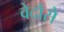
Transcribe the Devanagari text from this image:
वेदौंसे